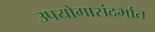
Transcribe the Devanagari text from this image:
उपयोगासंदर्भात